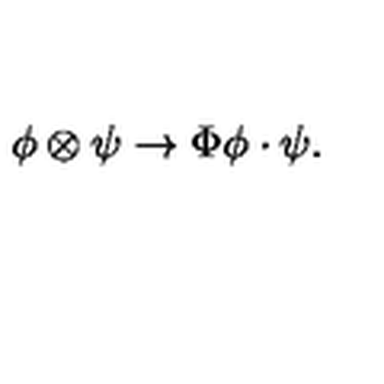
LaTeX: \phi \otimes \psi \rightarrow \Phi \phi \cdot \psi .